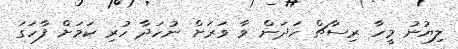
ލިޔުނު މީހާ ރިސާޗް ހަދަން ވާ ވަރަށް ނުހަދާ ހުރި ކަމަށް ފާހަގަ